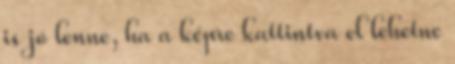
is jó lenne, ha a képre kattintva el lehetne